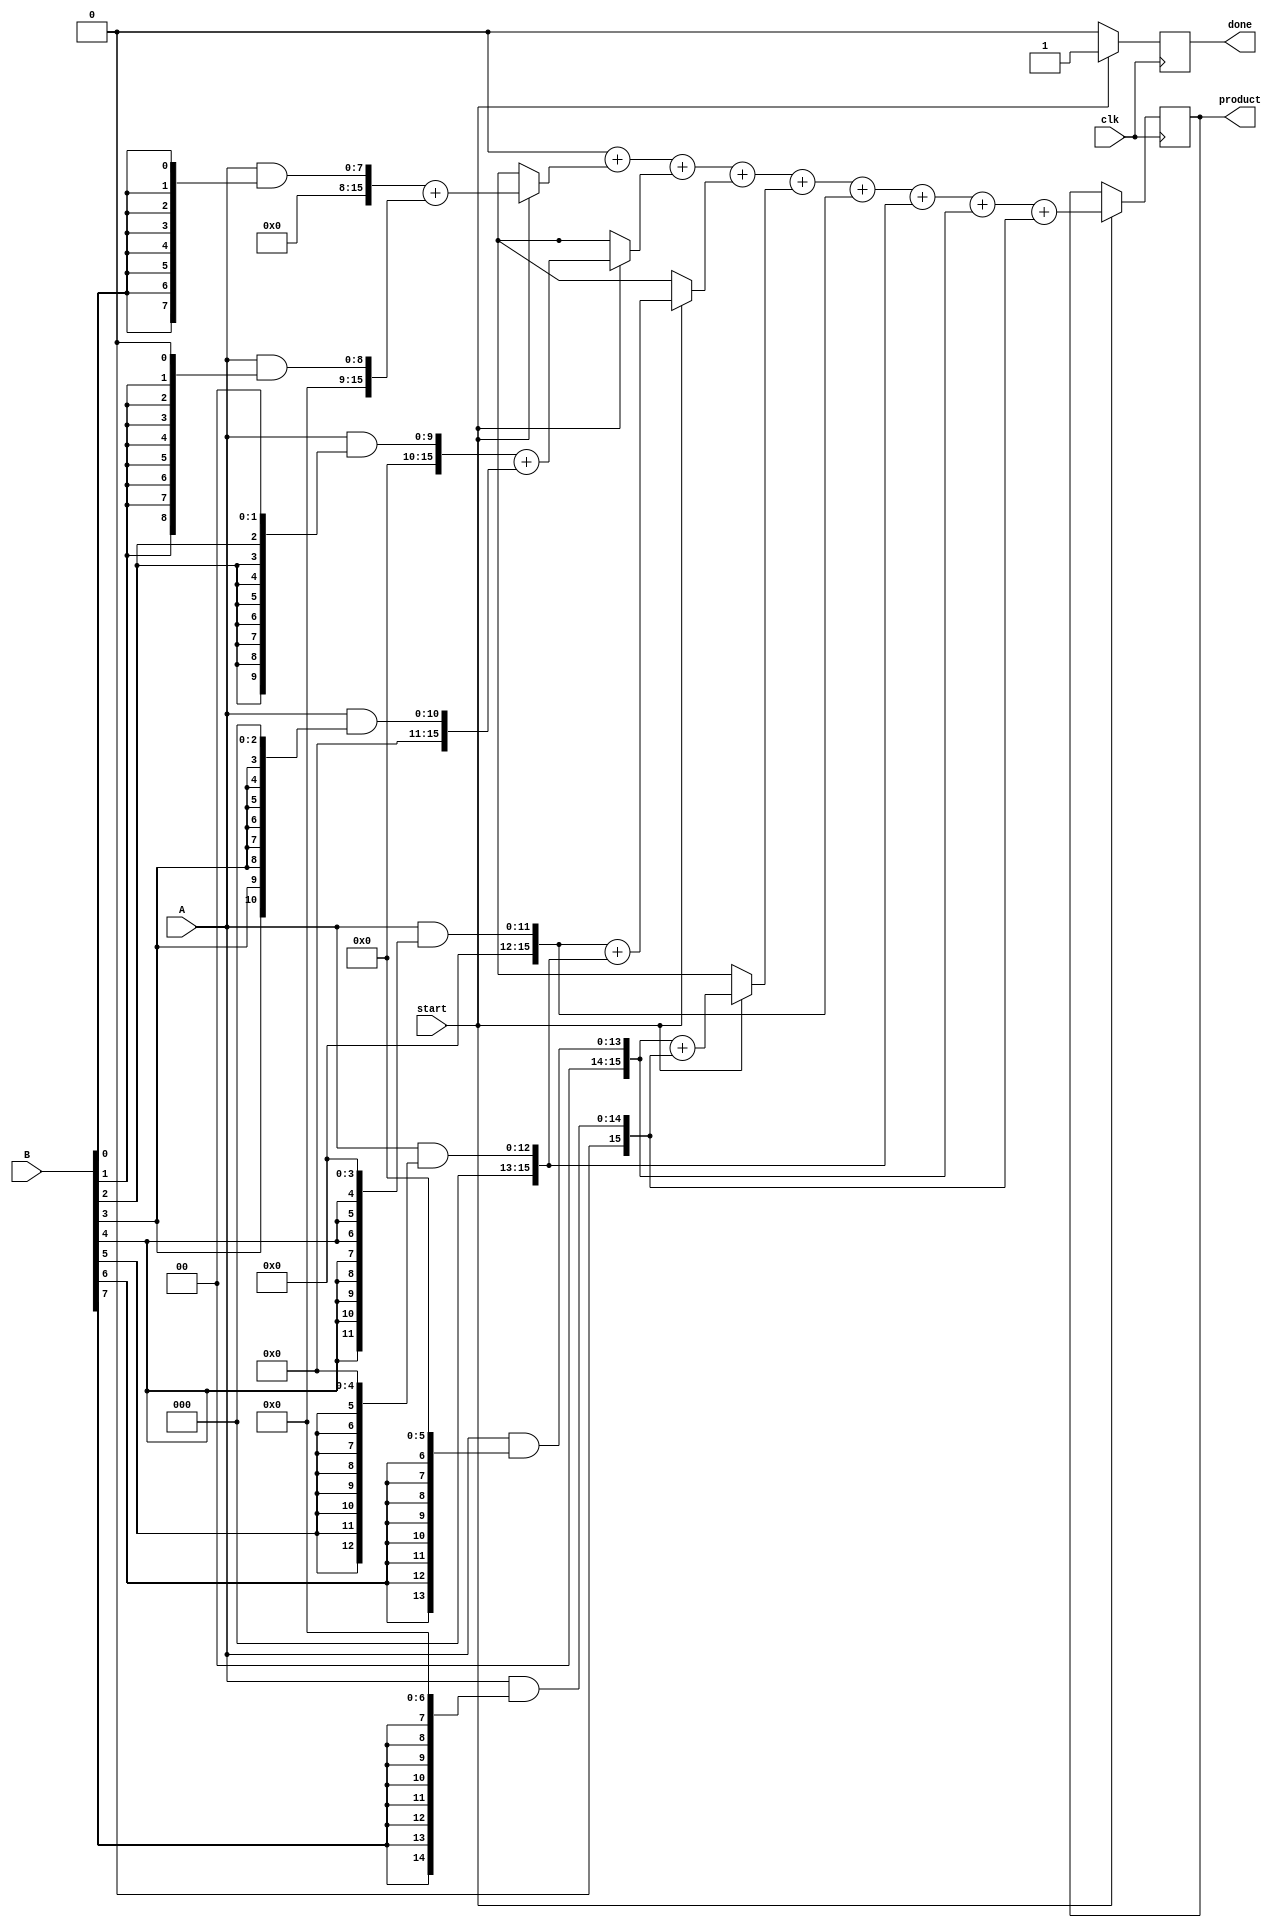
module WallaceTreeMultiplier #(parameter A_WIDTH = 8, B_WIDTH = 8, P_WIDTH = A_WIDTH + B_WIDTH) (
    input wire [A_WIDTH-1:0] A,       // Multiplicand
    input wire [B_WIDTH-1:0] B,       // Multiplier
    input wire clk,                   // Clock signal
    input wire start,                 // Start signal for multiplication
    output reg [P_WIDTH-1:0] product, // Final product
    output reg done                   // Done signal
);

// Internal signals
reg [A_WIDTH+B_WIDTH-1:0] partial_products[B_WIDTH-1:0];
reg [A_WIDTH+B_WIDTH-1:0] sum_stage[0:2*A_WIDTH-1]; // To hold intermediate sums
reg [A_WIDTH+B_WIDTH-1:0] final_sum;

// Generate partial products
generate 
    genvar i;
    for (i = 0; i < B_WIDTH; i=i+1) begin : generate_partial_products
        assign partial_products[i] = A & {A_WIDTH{B[i]}} << i; // AND and shift
    end
endgenerate

// Wallace tree reduction
integer j, k;
always @(posedge clk) begin
    if (start) begin
        // Initialize the sum stage
        for (j = 0; j < B_WIDTH; j=j+1) 
            sum_stage[j] = partial_products[j];
        
        // Wallace reduction stages
        for (j = 0; j < B_WIDTH; j = j + 2) begin
            if (j + 1 < B_WIDTH) begin
                // Use half adder for pairs
                {sum_stage[j/2 + B_WIDTH], sum_stage[j/2]} = sum_stage[j] + sum_stage[j + 1];
            end else begin
                sum_stage[j/2 + B_WIDTH] = sum_stage[j];
            end
        end

        // Final addition
        final_sum = 0;
        for (k = 0; k < B_WIDTH; k = k + 1) begin
            final_sum = final_sum + sum_stage[k];
        end

        // Assign the final product
        product <= final_sum;
        done <= 1;
    end else begin
        done <= 0;
    end
end

endmodule